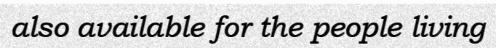
also available for the people living